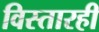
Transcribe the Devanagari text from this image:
विस्तारही